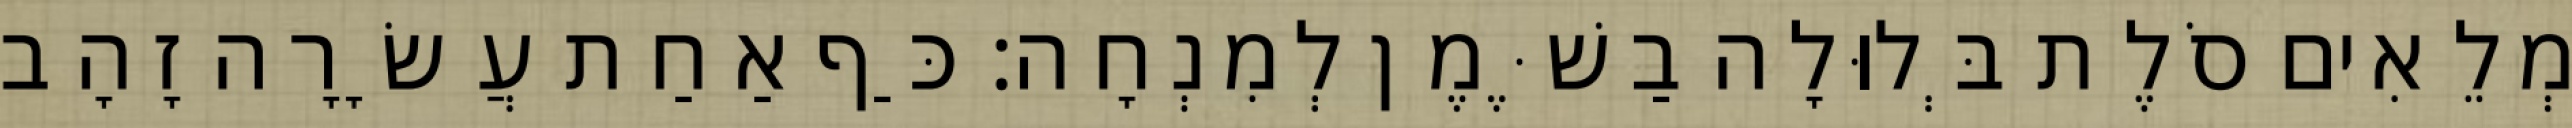
מְלֵאִים סֹלֶת בְּלוּלָה בַשֶּׁמֶן לְמִנְחָה׃ כַּף אַחַת עֲשָׂרָה זָהָב